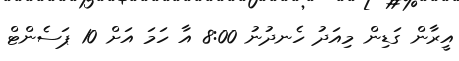
އީރާން ގަޑިން މިއަދު ހެނދުނު 8:00 އާ ހަމަ އަށް 10 ޕަސެންޓް